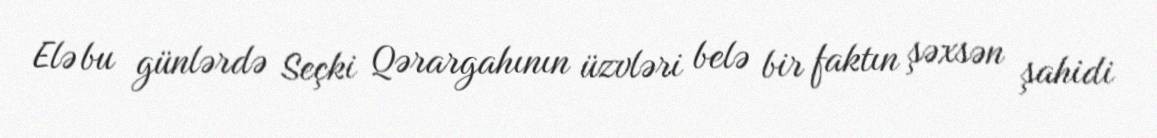
Elə bu günlərdə Seçki Qərargahının üzvləri belə bir faktın şəxsən şahidi